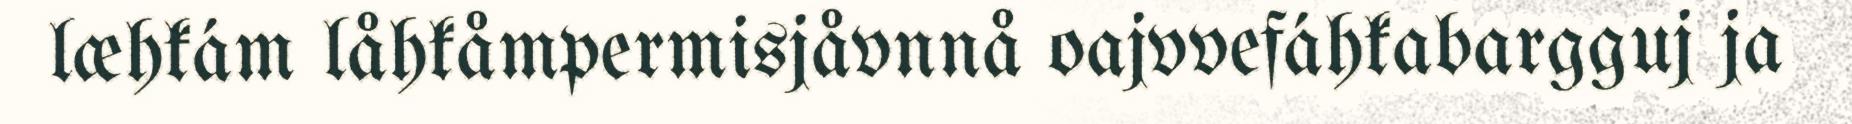
læhkám låhkåmpermisjåvnnå oajvvefáhkabargguj ja